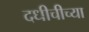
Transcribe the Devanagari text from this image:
दधीचीच्या